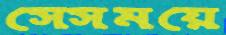
সেসময়ে